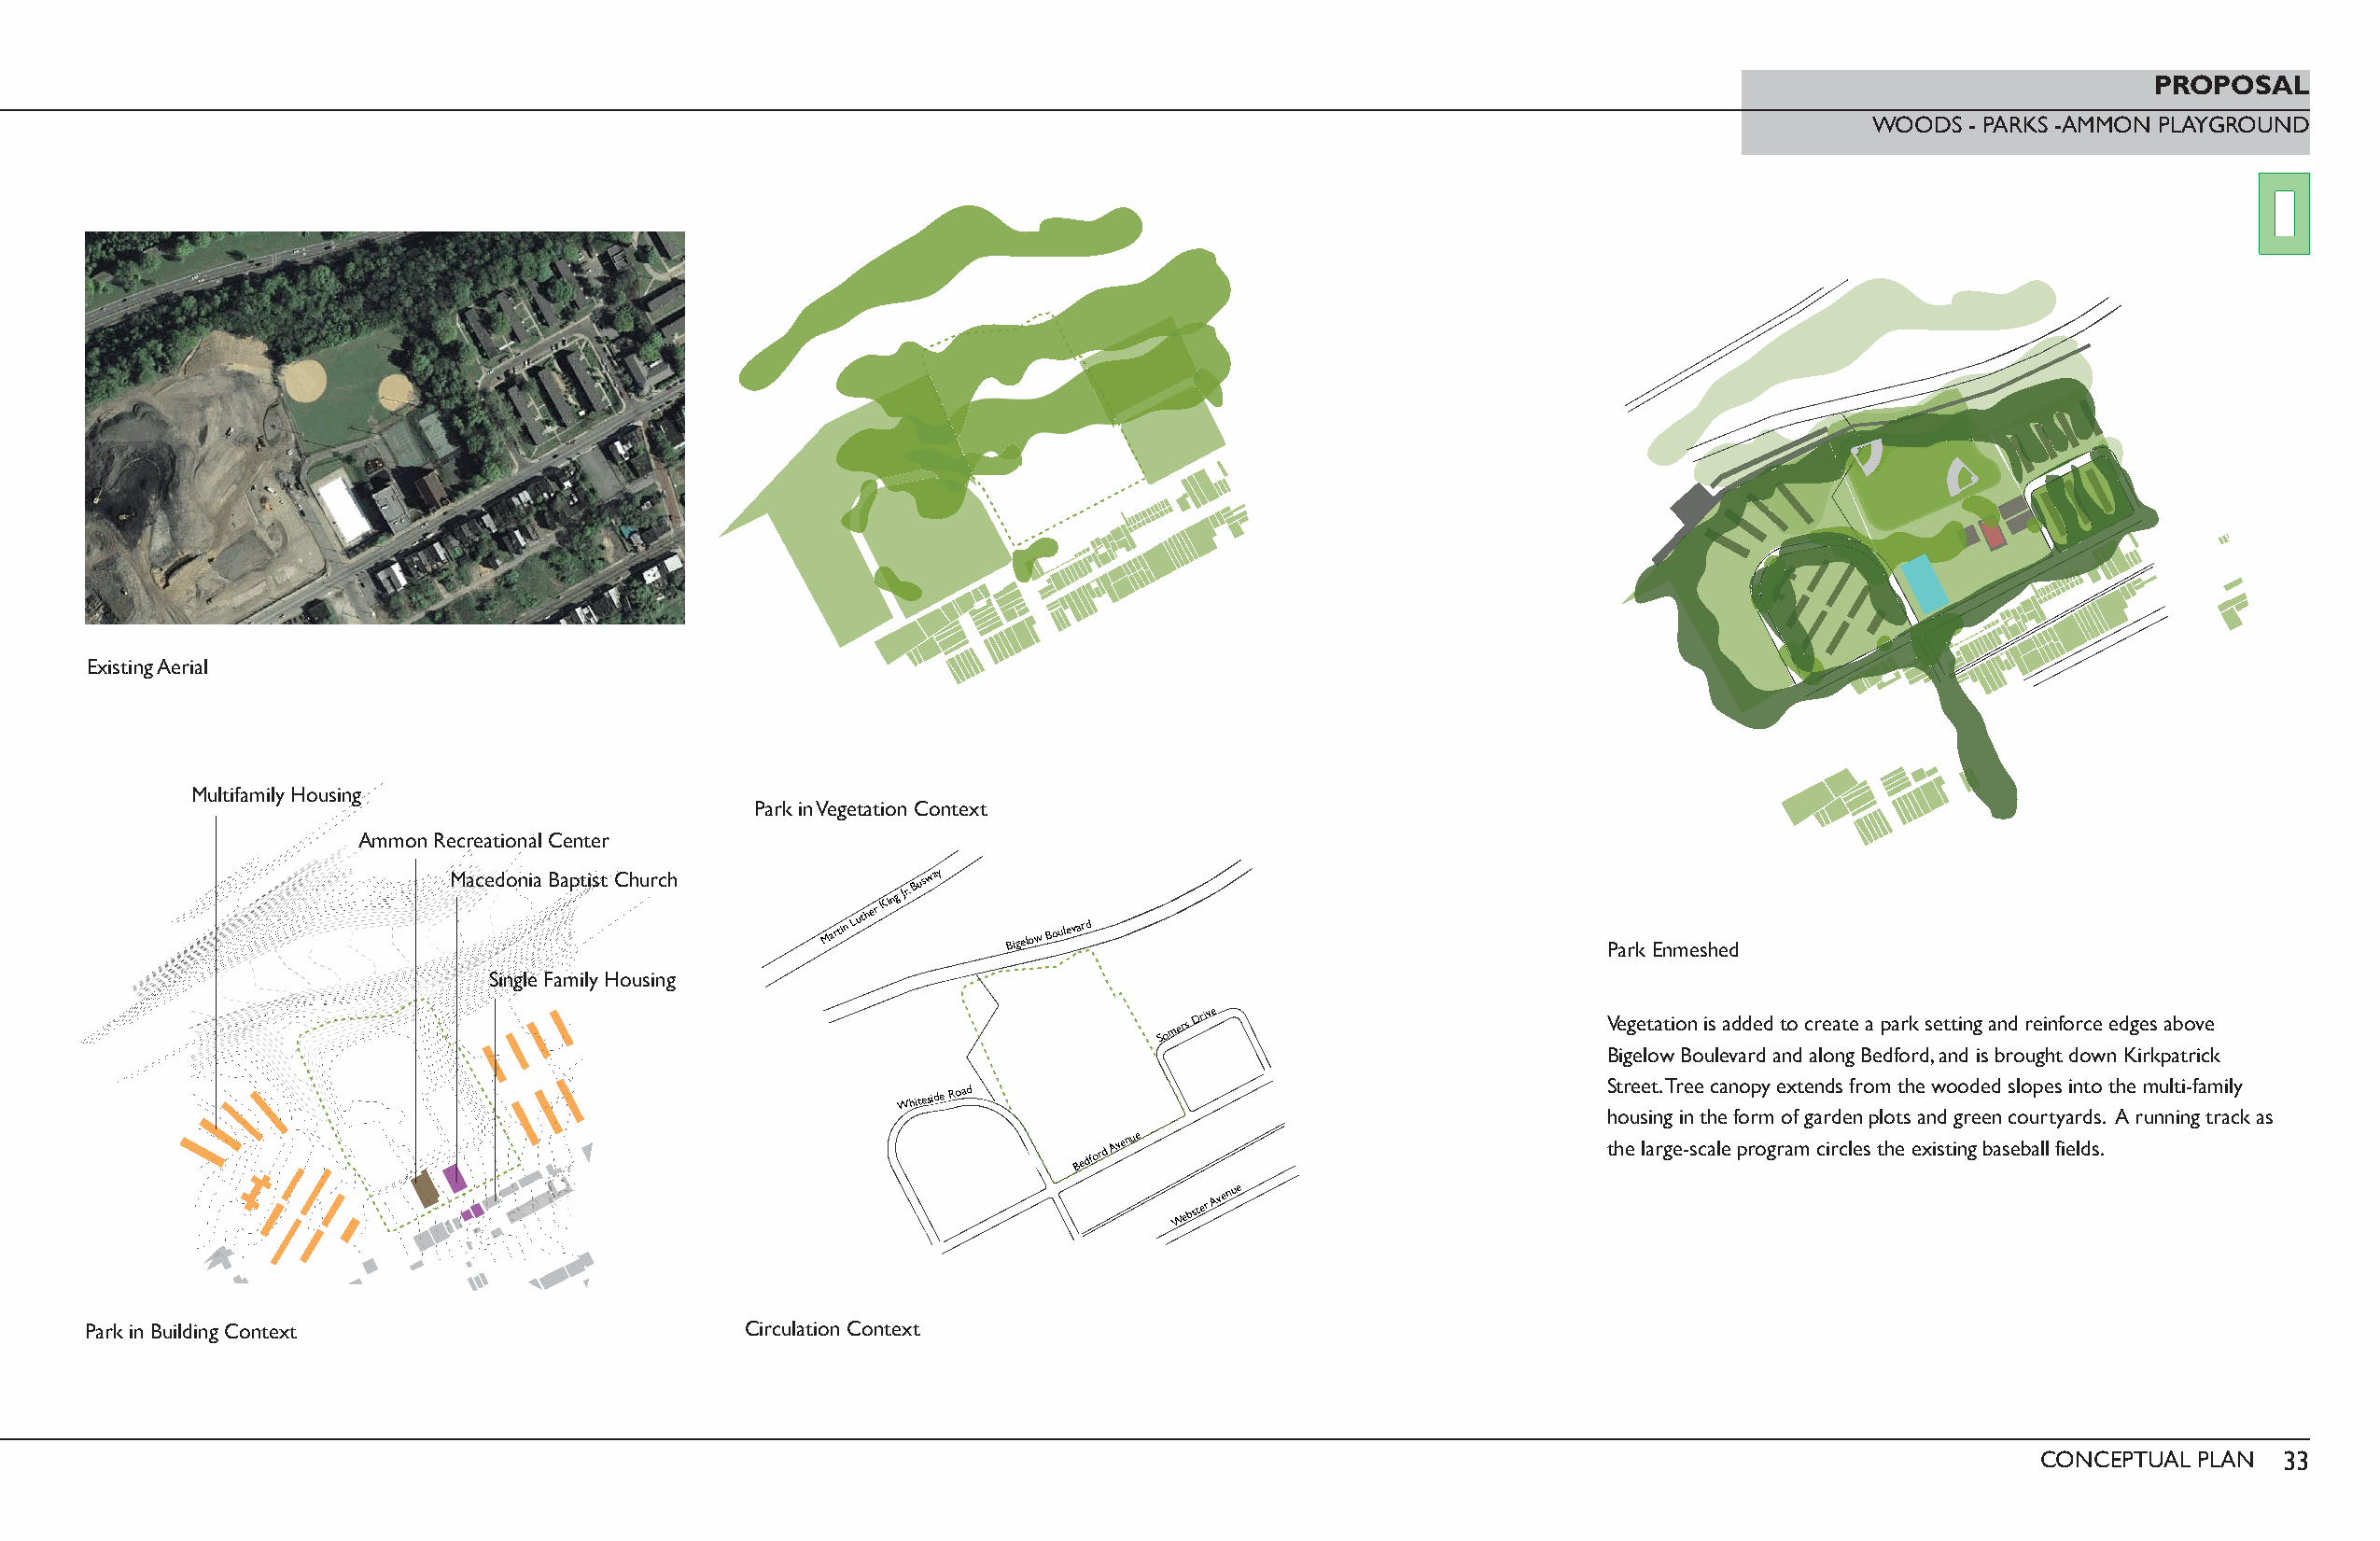
PROPOSAL
 WOODS  - PARKS -AMMON PLAYGROUND
 Existing Aerial
 Multifamily Housing
 Park in Vegetation Context
 Ammon Recreational Center
 Macedonia Baptist Church
 Martin
 Luther
 King
 Jr.
 Busway
 Bigelow
 Boulevard
 Park Enmeshed
 Single Family Housing
 Somers
 Drive
 Vegetation is added to create a park setting and reinforce edges above
 Bigelow Boulevard and along Bedford, and is brought down Kirkpatrick
 Street. Tree canopy extends from the wooded slopes into the multi-family
 Whiteside
 Road
 housing in the form of garden plots and green courtyards. A running track as
 Bedford
 Avenue
 the large-scale program circles the existing baseball fields.
 Webster
 Avenue
 Park in Building Context                       Circulation Context
 CONCEPTUAL PLAN  33